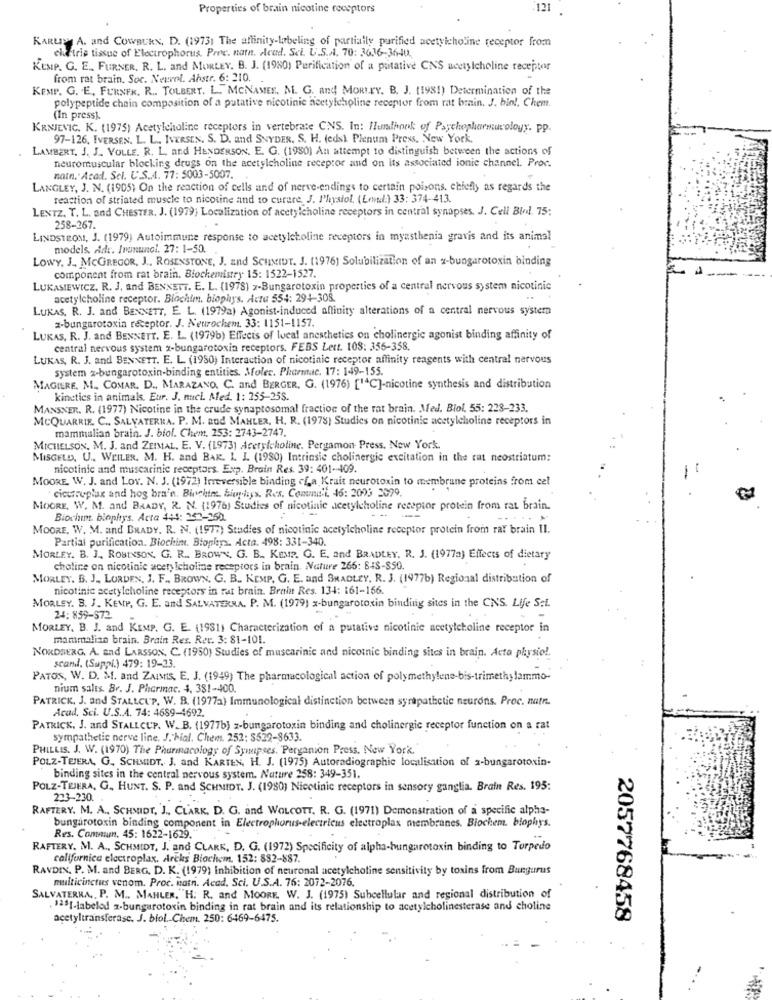
Properties of brain nicotine receptors
121
KARLICH A. and CowBURN, D. (19731 The affinity-labeling of partially purified acetylcholine receptor from
eluftris tissue of Electrophorus. Pree. natn. Acad. Sel. U.S.A. 70: 3636-36-40.
KEMP. G. E ., FURNER, R. L. and MORLEY. B. J. (1980) Purification of a putative CNS acetylcholine receptor
from rat brain. Soc. Neuvol. Abstr. 6: 210.
KEMP. G. E, FURNEK. R .. TOLBERT. L. MCNAMEE. M. G. and MORLEY. B. J. (1981) Determination of the
polypeptide chain composition of a putative nicotinic acetylcholine receptor from rat brain. J. biol, Chem.
(In press).
KRNJEVIC. K. (1975) Acetylcholine receptors in vertebrate CNS. In: Ilundhook of Psychopharmacology. pp.
97-126. IVERSEN. L. L. IVERSEN. S. D. and SNYDER. S. H. (eds) Plenum Press, New York,
LAMBERT, J. J. VOLLE. R. L. and HENDERSON, E. G. (1980) An attempt to distinguish between the actions of
neuromuscular blocking drugs on the acetylcholine receptor and on its associated ionic channel. Proc.
natn. Acad. Sel. U.S.A. 77: 5003-5007.
LANGLEY, J. N. (1905) On the reaction of cells and of nerve-endings to certain poisons, chiefly as regards the
reaction of striated muscle to nicotine and to curare, J. Physiol. (Levul:) 33: 374-413.
LENTZ. T. L. and CHESTER. J. (1979; Localization of acetylcholine receptors in central synapses. J. Cell Bledl. 75:
258-267.
LINDSTROM, J. (1979) Autoimmune response to acetylcholine receptors in myasthenia gravis and its animal
models. Ade. Inanunci. 27: 1-50.
LOWY, J ., MCGREGOR, J ., ROSENSTONE, J. and SCHMIDT. J. (1976) Solubilization of an x-bungarotoxin binding
component from rat brain. Biochemistry 15: 1522-1527.
LUKASIEWICZ, R. J. and BENNETT. E. L. (1978) z-Bungarotoxin properties of a central nervous system nicotinic
acetylcholine receptor. Blochim. biophys. Acta 554: 294-308.
..
LUKAS. R. J. and BENNETT, E. L. (1979a) Agonist-induced affinity alterations of a central nervous system
z-bungarotoxin receptor. J. Neurochem, 33: 1151-1157.
LUKAS, R. J. and BENNETT. E. L. (1979b) Effects of lucal anesthetics on cholinergic agonist binding affinity of
central nervous system x-bungarotoxin receptors. FEBS Lett. 108: 356-358.
LUKAS, R. J. and BENNETT. E. L. (1950) Interaction of nicotinic receptor affinity reagents with central nervous
system 2-bungarotoxin-binding entities. Molec. Pharmac. 17: 149-155.
MAGIRE. M. COMAR. D ., MARAZANO. C. and BERGER, G. (1976) [C]-nicotine synthesis and distribution
kinetics in animals. Eur. J. nucl. Med. 1: 255-258.
MANSNER. R. (1977) Nicotine in the crude synaptosomal fraction of the rat brain. Med. Biol. 55: 228-233.
MCQUARRIE. C ., SALVATERRA. P. M. and MAHLER, H. R. (1978) Studies on nicotinic acetylcholine receptors in
mammalian brain. J. biol. Chent. 253: 2743-2747.
MICHELSON, M. J. and ZEIMAL, E. V. (1973) Acetylcholine. Pergamon- Press, New York.
MISGELD, U ., WEILER. M. H. and BAK. L. I. (1980) Intrinsic cholinergic excitation in the rat neostriatum:
nicotinic and muscarinic receptors. Exp. Brain Res. 39: 401-409.
MOORE, W. J. and Lov. N. J. (1972) Irreversible binding cfa Kruit neurotoxin to membrane proteins from cel
cicuruplax and hog bra'n. Binchim biophys. Res. Comund'l. 46: 2003 3099.
MOORE, W. M. and BRADY, R. N. (1976) Studies of nicotinic acetylcholine receptor protein from rat brain.
Biochem. biophys. Acta 444: 342-250.
---
MOORE, W. M. and BRADY. R. N. (1977) Studies of nicotinic acetylcholine receptor protein from rat brain Il.
Partial purification. Biochim. Biophys. Acta. 498: 331-340.
MORLEY. B. J ., ROBINSON, G. R .. BROWN, G. B ., KEMP. G. E. and BRADLEY. R. J. (1977a) Effects of dietary
choline on nicotinle acetylcholine receptors in brain. Nature 266: BIS-$50.
MORLEY. B. J ., LORDEN, J. F ., BROWN, G. B ., KEMP, G. E. and BRADLEY, R. J. (1977b) Regional distribution of
nicotinic acetylcholine receptors in rat brain. Brain Res. 134: 161-166.
MORLEY. B. J. KEMP, G. E. and SALVATERRA. P. M. (1979) x-bungarotoxin binding sites in the CNS. Life Sct.
24:859-572
MORLEY, B. J. and KIMP. G. E. (1981) Characterization of a putative nicotinic acetylcholine receptor in
mammalian brain. Brain Res. Ret. 3: 81-101.
NORDBERG. A. and LARSSON, C. (1950) Studies of muscarinic and nicotnic binding sites in brain. Acto physio !.
scanl. (Suppi.) 479: 19-23.
PATOS, W. D. M. and ZuIMS, E. J. (1949) The pharmacological action of polymethylene-bis-trimethylammo-
nium salts. Br. J. Pharmac. 4. 381-400.
PATRICK, J. and STALLCUP, W. B. (1977a) Immunological distinction between sympathetic neurons. Proc. natn.
Acad, Sci. U.S.A. 74: 4689-4692.
PATRICK, J. and STALLCUP. W. B. (1977b) z-bungarotoxin binding and cholinergic receptor function on a rat
sympathetic nerve line. J. hial. Chem. 252: $529-8633.
PHILLIS. J. W. (1970) The Pharmacology of Synapses. 'Pergarion Press. New York."
POLZ-TEJERA, G. SCHMIDT, J. and KARTEN, H. J. (1975) Autoradiographie localisation of a-bungarotoxin-
binding sites in the central nervous system. Nature 258: 349-351.
POLZ-TEJERA, G. HUNT. S. P. and SCHMIDT. J. (1980) Nicotinic receptors in sensory ganglia. Brain Res. 195:
233-230.
RAFTERY. M. A ., SCHMIDT, J ., CLARK, D. G. and WOLCOTT. R. G. (1971) Demonstration of a specific alpha-
bungarotoxin binding component in Electrophorus-electricus electroplax membranes. Biochem. biophys.
Res. Commm, 45: 1622-1629."
RAFTERY. M. A ., SCHMIDT, J. and CLARK, D. G. (1972) Specificity of alpha-bungarotoxin binding to Torpedo
californica electroplax. Arcks Biochem. 152: 882-887.
RAVDIN, P. M. and BERG, D. K. (1979) Inhibition of neuronal acetylcholine sensitivity by toxins from Bungurus
multicinctus venom. Proc. Main. Acad, Sci. U.S.A. 76: 2072-2076.
SALVATERRA ,, P. M .. MAHLER."H. R. and MOORE, W. J. (1975) Subcellular and regional distribution of
. 135[-labeled z-bungarotoxin binding in rat brain and its relationship to acetylcholinesterase and choline
acetyltransferase. J. biol. Chem. 250: 6469-6475.
2057768458